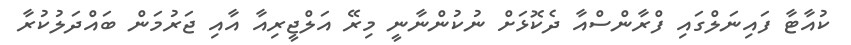
ކުއާޓާ ފައިނަލްގައި ފްރާންސްއާ ދެކޮޅަށް ނުކުންނާނީ މިރޭ އަލްޖީރިއާ އާއި ޖަރުމަން ބައްދަލުކުރާ